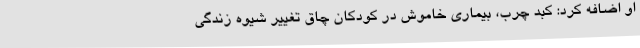
او اضافه کرد: کبد چرب، بیماری خاموش در کودکان چاق تغییر شیوه زندگی